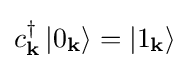
c_{\mathbf {k} }^{\dagger }\left|0_{\mathbf {k} }\right\rangle =\left|1_{\mathbf {k} }\right\rangle